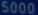
5000